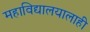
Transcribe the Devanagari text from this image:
महाविद्यालयालाही